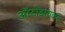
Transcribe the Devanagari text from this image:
ऑटोडायलर